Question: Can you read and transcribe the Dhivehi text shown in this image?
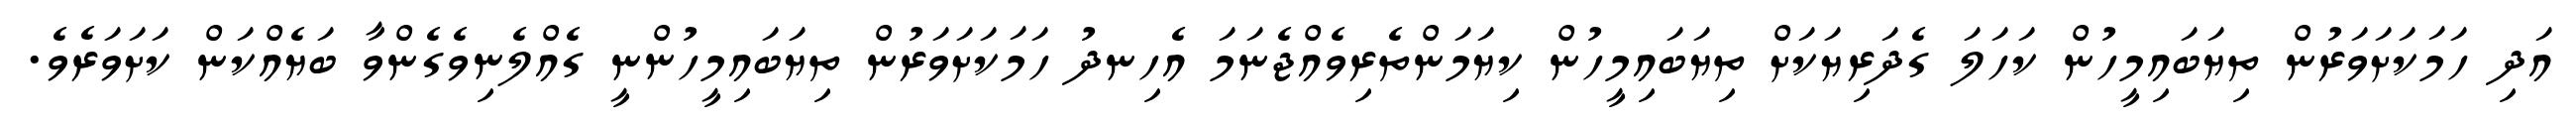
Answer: އަދި ހަމަކަށަވަރުން ތިޔަބައިމީހުން ކަހަލަ ގެދަރިޔަކަށް ތިޔަބައިމީހުން ކިޔަމަންތެރިވެއްޖެނަމަ އެހިނދު ހަމަކަށަވަރުން ތިޔަބައިމީހުންނީ ގެއްލެނިވެގެންވާ ބަޔެއްކަން ކަށަވަރެވެ.